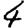
Digit: 4